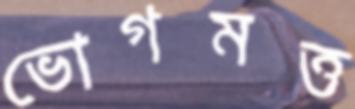
ভোগমত্ত